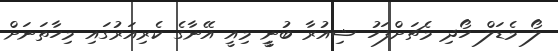
ލޯ މެޑަލް ހޯދި މެޗަށްފަހު ޝިއުރާ ބުނީީ މިއީ އޭނާގެ ކެރިއަރުގައި މިހާތަނަށް